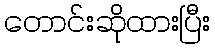
တောင်းဆိုထားပြီး